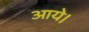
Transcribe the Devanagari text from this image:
अाये।